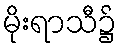
မိုးရာသီ၌